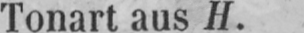
Tonart aus H.